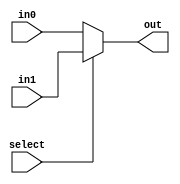
module mux2to1_2_bit(select, in0, in1, out);
	input select;
	input [1:0] in0, in1;
	output [1:0] out;
	assign out = select ? in1 : in0;
endmodule